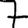
Digit: 7